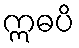
ဣဓပိ